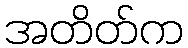
အတိတ်က